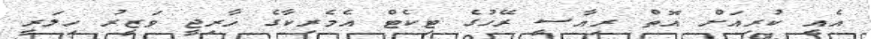
އެއީ ކުރިއަށް އޮތް ރިއާސީ ރޭހުގެ ޓިކެޓް އެމެރިކާގެ ޚާރިޖީ ވަޒީރު ހިލަރީ